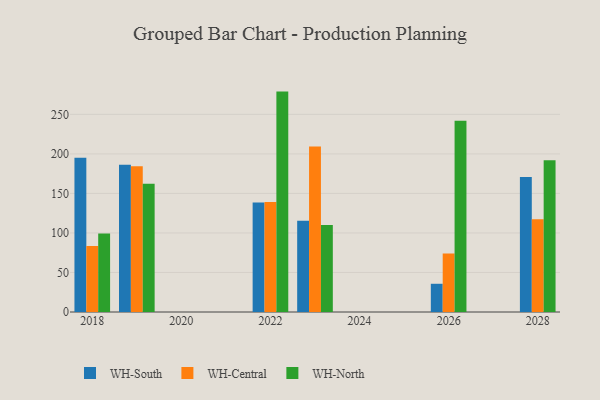
{"axis": {"x": "Year", "y": "Temperature (°C)"}, "legend": ["WH-Central", "WH-North", "WH-South"], "data": [{"x": "2023", "y": 115.3, "type": "WH-South"}, {"x": "2023", "y": 209.3, "type": "WH-Central"}, {"x": "2023", "y": 110.2, "type": "WH-North"}, {"x": "2026", "y": 35.7, "type": "WH-South"}, {"x": "2026", "y": 74.0, "type": "WH-Central"}, {"x": "2026", "y": 241.8, "type": "WH-North"}, {"x": "2018", "y": 195.1, "type": "WH-South"}, {"x": "2018", "y": 83.5, "type": "WH-Central"}, {"x": "2018", "y": 99.4, "type": "WH-North"}, {"x": "2028", "y": 170.8, "type": "WH-South"}, {"x": "2028", "y": 117.4, "type": "WH-Central"}, {"x": "2028", "y": 192.1, "type": "WH-North"}, {"x": "2022", "y": 138.5, "type": "WH-South"}, {"x": "2022", "y": 139.3, "type": "WH-Central"}, {"x": "2022", "y": 278.8, "type": "WH-North"}, {"x": "2019", "y": 186.4, "type": "WH-South"}, {"x": "2019", "y": 184.4, "type": "WH-Central"}, {"x": "2019", "y": 162.2, "type": "WH-North"}]}